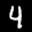
Label: 4